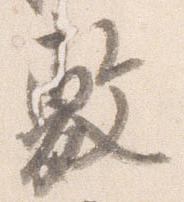
敷